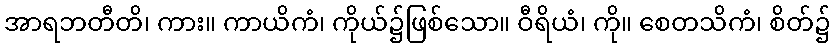
အာရဘတီတိ၊ ကား။ ကာယိကံ၊ ကိုယ်၌ဖြစ်သော။ ဝီရိယံ၊ ကို။ စေတသိကံ၊ စိတ်၌